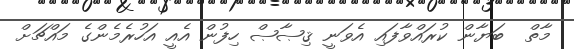
މާތް  ބަޔާން ކުރައްވާފައި އެވަނީ ޤިޞާޞް ހިފުން އެއީ އަހުރެމެންގެ މައްޗަށް